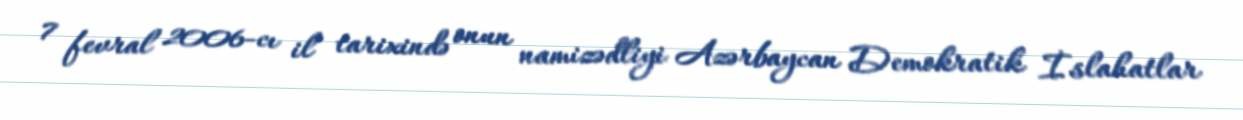
7 fevral 2006-cı il tarixində onun namizədliyi Azərbaycan Demokratik İslahatlar